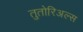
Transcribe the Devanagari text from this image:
तुतोरिअल्स